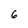
Character: 6